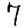
Digit: 7